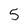
Character: 5